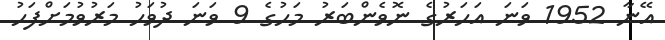
އޭނާ 1952 ވަނަ އަހަރުގެ ނޮވެންބަރު މަހުގެ 9 ވަނަ ދުވަހު މަރުވުމަށްފަހު